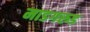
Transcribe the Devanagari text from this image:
माडगरुड